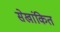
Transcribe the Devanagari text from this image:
सेखांकित